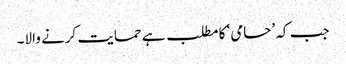
جب کہ ’حامی‘ کا مطلب ہے حمایت کرنے والا۔